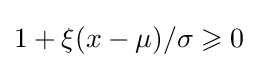
1+\xi (x-\mu )/\sigma \geqslant 0